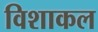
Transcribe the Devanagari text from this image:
विशाकल